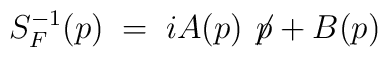
S_F^{-1} (p) \;=\; i A(p) \not \! p + B(p)